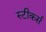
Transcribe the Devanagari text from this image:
स्टीकर्स